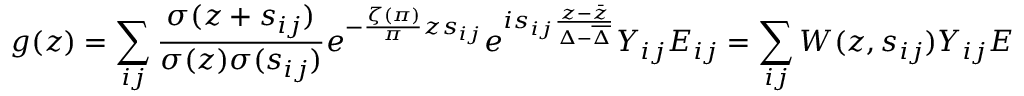
g ( z ) = \sum _ { i j } \frac { \sigma ( z + s _ { i j } ) } { \sigma ( z ) \sigma ( s _ { i j } ) } e ^ { - \frac { \zeta ( \pi ) } { \pi } z s _ { i j } } e ^ { i s _ { i j } \frac { z - \bar { z } } { \Delta - \overline { { \Delta } } } } Y _ { i j } E _ { i j } = \sum _ { i j } W ( z , s _ { i j } ) Y _ { i j } E _ { i j } .